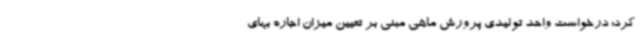
کرد: درخواست واحد تولیدی پرورش ماهی مبنی بر تعیین میزان اجاره بهای